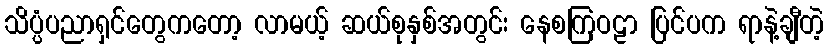
သိပ္ပံပညာရှင်တွေကတော့ လာမယ့် ဆယ်စုနှစ်အတွင်း နေစကြဝဠာ ပြင်ပက ရာနဲ့ချီတဲ့